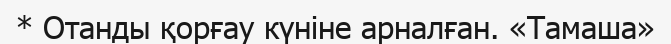
* Отанды қорғау күніне арналған. «Тамаша»